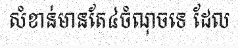
សំខាន់មានតែ៤ចំណុចទេ ដែល